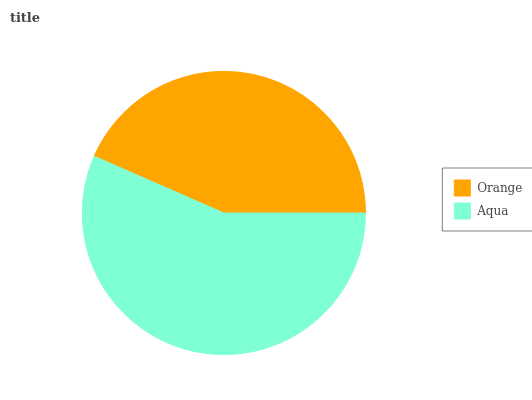
| Orange | Aqua |
 | --- | --- |
 | 43.5% | 56.5% |